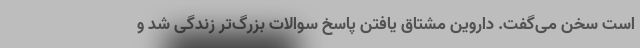
است سخن می‌گفت. داروین مشتاق یافتن پاسخ سوالات بزرگ‌تر زندگی شد و